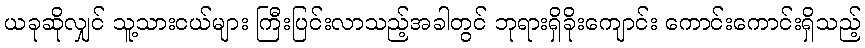
ယခုဆိုလျှင် သူ့သားငယ်များ ကြီးပြင်းလာသည့်အခါတွင် ဘုရားရှိခိုးကျောင်း ကောင်းကောင်းရှိသည့်